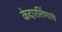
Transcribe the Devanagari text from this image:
केदारलिंगाचे